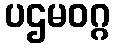
ပဌမဝဂ္ဂ